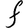
Character: F